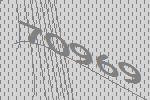
70969